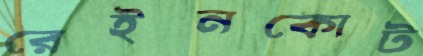
রেইনকোট